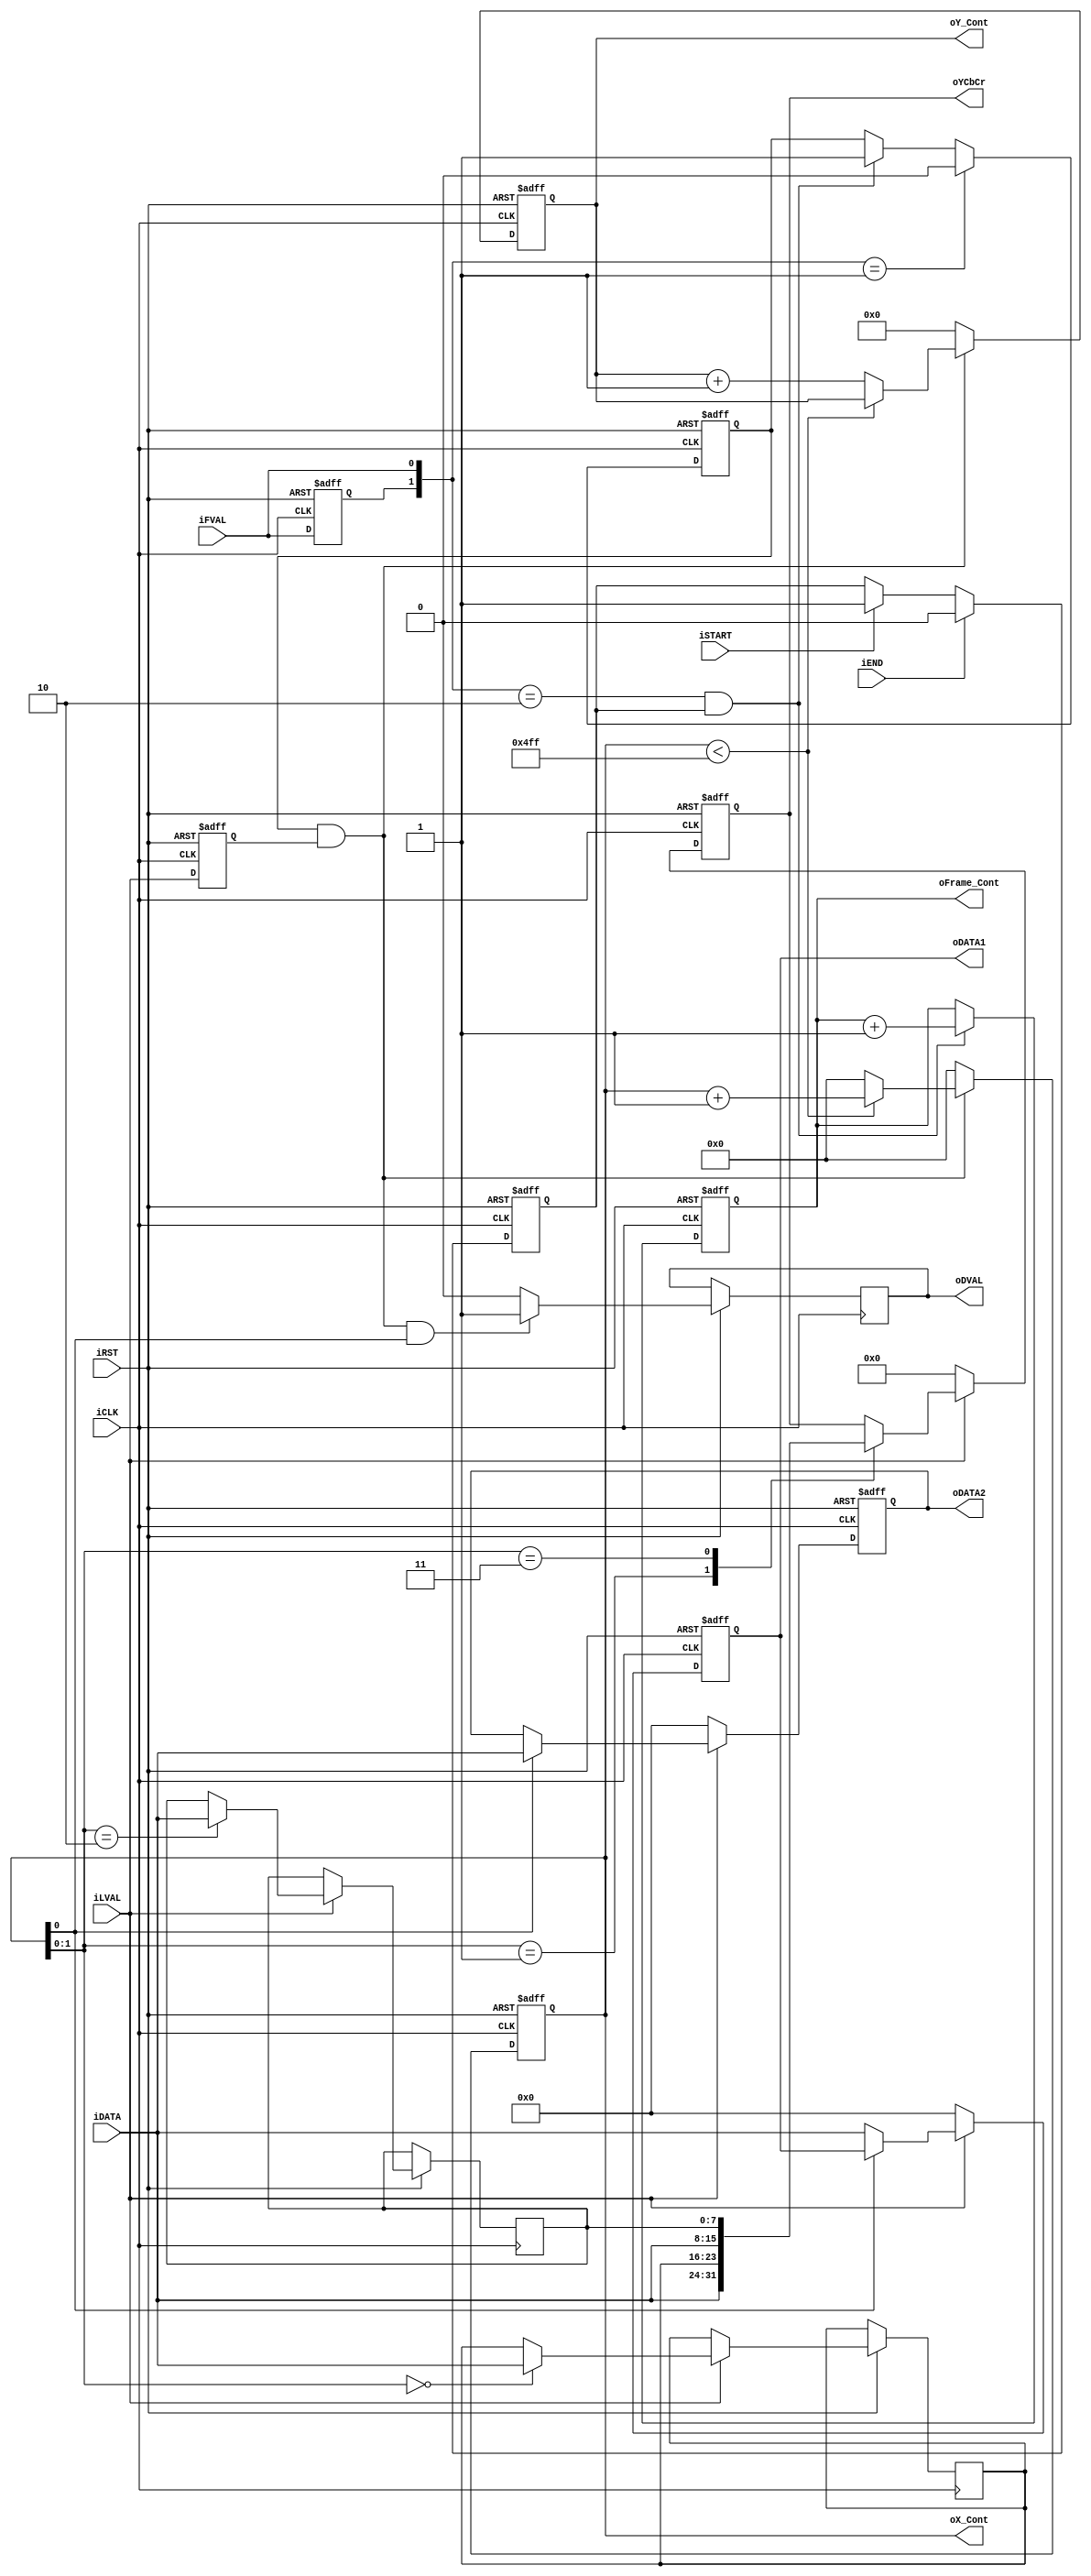
module CCD_Capture(	
					oYCbCr,
					oDATA1,
					oDATA2,
					oDVAL,
					oX_Cont,
					oY_Cont,
					oFrame_Cont,
				//	oPIXCLK,
					iDATA,
					iFVAL,
					iLVAL,
					iSTART,
					iEND,
					iCLK,
					iRST	);
output	[15:0] oYCbCr;
reg 		[15:0]	YCbCr;
reg		[7:0]		Cb;
reg		[7:0]		Cr;
assign	oYCbCr	=	YCbCr;					
input	[7:0]	iDATA;
input			iFVAL;
input			iLVAL;
input			iSTART;
input			iEND;
input			iCLK;
input			iRST;
output	[7:0]	oDATA1;
output	[7:0]	oDATA2;
//output  oPIXCLK;
output	[10:0]	oX_Cont;
output	[9:0]	oY_Cont;
output	[31:0]	oFrame_Cont;
output			oDVAL;
reg				Pre_FVAL;
reg				mCCD_FVAL;
reg				mCCD_LVAL;
reg		[7:0]	mCCD_DATA1;
reg		[7:0]	mCCD_DATA2;
//reg   PIXCLK;
reg		[10:0]	X_Cont;
reg		[9:0]	Y_Cont;
reg		[31:0]	Frame_Cont;
reg				mSTART;

assign	oX_Cont		=	X_Cont;
assign	oY_Cont		=	Y_Cont;
assign	oFrame_Cont	=	Frame_Cont;
assign	oDATA1		=	mCCD_DATA1;
assign	oDATA2		=	mCCD_DATA2;
//assign  oPIXCLK = PIXCLK;
reg DVAL;
assign	oDVAL = DVAL;
//assign	oDVAL		=	mCCD_FVAL&mCCD_LVAL&X_Cont[0];


always@(posedge iCLK or negedge iRST)
begin
	if(!iRST)
	mSTART	<=	0;
	else
	begin
		if(iSTART)
		mSTART	<=	1;
		if(iEND)
		mSTART	<=	0;		
	end
end

always@(posedge iCLK or negedge iRST)
begin
	if(!iRST)
	begin
		Pre_FVAL	<=	0;
		mCCD_FVAL	<=	0;
		mCCD_LVAL	<=	0;
		X_Cont		<=	0;
		Y_Cont		<=	0;
	end
	else
	begin
		Pre_FVAL	<=	iFVAL;
		if({Pre_FVAL,iFVAL}==2'b01)
		mCCD_FVAL	<=	0;
		else if(({Pre_FVAL,iFVAL}==2'b10)&& mSTART)
		mCCD_FVAL	<=	1;		
		///////////////////////////////////////
		mCCD_LVAL	<=	iLVAL;
		
		if(mCCD_FVAL && mCCD_LVAL)
		begin
			if(X_Cont<1279)
				X_Cont	<=	X_Cont+1;
				else
				begin
					X_Cont	<=	0;
					Y_Cont	<=	Y_Cont+1;
				end
		end
		else
		begin
			X_Cont	<=	0;
			Y_Cont	<=	0;
		end 
		// check valid
		///*
		if(mCCD_FVAL && mCCD_LVAL && X_Cont[0])
			DVAL <= 1'b1;
		else
			DVAL <= 1'b0;
			//l*/
	end
end

always@(posedge iCLK or negedge iRST)
begin
	if(!iRST)
	Frame_Cont	<=	0;
	else
	begin
		if( ({Pre_FVAL,iFVAL}==2'b10) && mSTART )
		Frame_Cont	<=	Frame_Cont+1;
	end
end


always@(posedge iCLK or negedge iRST)
begin
	if(!iRST)
	begin
		mCCD_DATA1	<=	0;
		mCCD_DATA2	<=	0;
		YCbCr			<= 0;
	end
	else if(iLVAL) 
		begin
		 
			if(!X_Cont[0])
				mCCD_DATA1	<=	iDATA;
			else if(X_Cont[0])
				mCCD_DATA2	<=	iDATA;
	 
		
		case(X_Cont[1:0])		//	Normal
			0:	Cb		<=	 iDATA;
			1:	YCbCr	<=	{iDATA,Cb};
			2:	Cr		<=	 iDATA;
			3:	YCbCr	<=	{iDATA,Cr};
		endcase
		
		end
	else
		begin
			YCbCr			<= 16'h0000;
			mCCD_DATA1	<=	0;
			mCCD_DATA2	<=	0;
		end
end	

/*
always@(posedge iCLK or negedge iRST)
begin

		if(!iRST)
		PIXCLK <= 1;
	else
		PIXCLK <= ~PIXCLK;
end
*/
endmodule